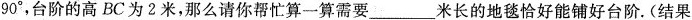
9 0 °$$，台阶的高BC为2米，那么请你帮忙算一算需要___米长的地毯恰好能铺好台阶。(结果